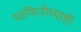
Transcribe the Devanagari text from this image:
पाणिनीच्याही